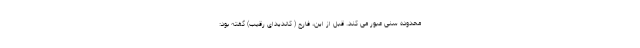
محدوده سنی عبور می کند. قبل از این، فارح ( کاندیدای رقیب) گفته بود: